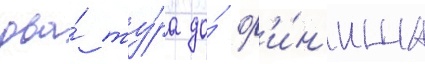
два́ ту́ра до́ ф'и́н'иша